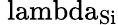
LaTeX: \mathrm{\ lambda_{Si}}